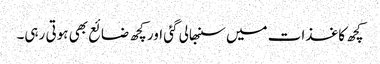
کچھ کاغذات میں سنبھالی گئی اور کچھ ضائع بھی ہوتی رہی۔